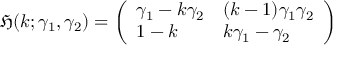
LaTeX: { \mathfrak { H } } ( k ; \gamma _ { 1 } , \gamma _ { 2 } ) = { \left( \begin{array} { l l } { \gamma _ { 1 } - k \gamma _ { 2 } } & { ( k - 1 ) \gamma _ { 1 } \gamma _ { 2 } } \\ { 1 - k } & { k \gamma _ { 1 } - \gamma _ { 2 } } \end{array} \right) }